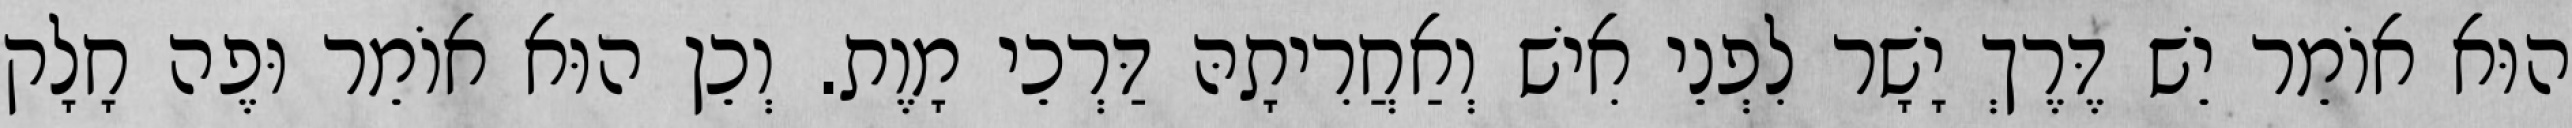
הוּא אוֹמֵר יֵשׁ דֶּרֶךְ יָשָׁר לִפְנֵי אִישׁ וְאַחֲרִיתָהּ דַּרְכֵי מָוֶת. וְכֵן הוּא אוֹמֵר וּפֶה חָלָק